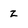
Character: z